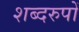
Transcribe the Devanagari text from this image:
शब्दरुपों